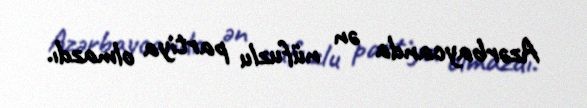
Azərbaycanda ən nüfuzlu partiya olmazdı.